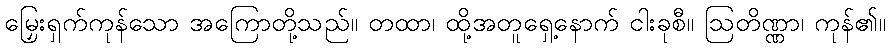
မြှေးရှက်ကုန်သော အကြောတို့သည်။ တထာ၊ ထို့အတူရှေ့နောက် ငါးခုစီ။ ဩတိဏ္ဏာ၊ ကုန်၏။